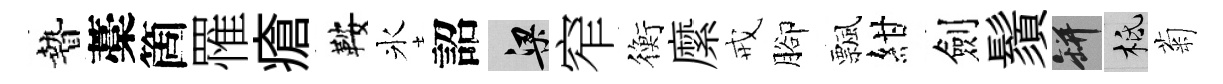
贄藁箇罹瘡鞍氷詔梁窄衡縻戒腳飄紺劍鬚瓶柢菊